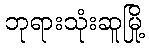
ဘုရားသုံးဆူမြို့